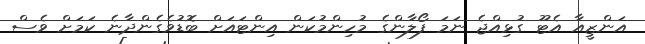
އަންޒީއާ އެޓޫ ގުޅިއްޖެ ނަމަ ފޯލާންގެ މުހިންމުކަން އިންޓައަށް ބޮޑުވެގެންދާނެ ކަމަށް ވެސް